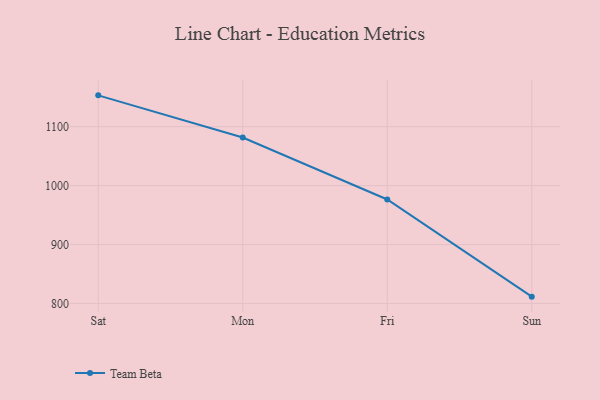
{"axis": {"x": "Day", "y": "LTV (USD)"}, "legend": ["Team Beta"], "data": [{"x": "Sat", "y": 1153.2, "type": "Team Beta"}, {"x": "Mon", "y": 1081.6, "type": "Team Beta"}, {"x": "Fri", "y": 976.5, "type": "Team Beta"}, {"x": "Sun", "y": 811.6, "type": "Team Beta"}]}